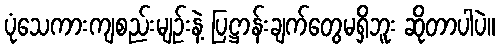
ပုံသေကားကျစည်းမျဉ်းနဲ့ ပြဋ္ဌာန်းချက်တွေမရှိဘူး ဆိုတာပါပဲ။